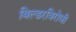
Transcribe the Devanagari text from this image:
बिल्डरविरोधी